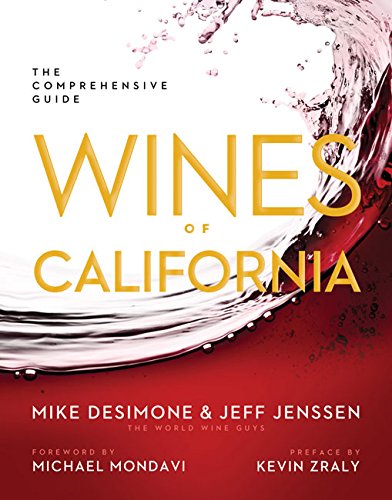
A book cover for Wines of California: The Comprehensive Guide; Mike DeSimone; Cookbooks, Food & Wine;